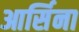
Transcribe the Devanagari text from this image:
आर्सिना